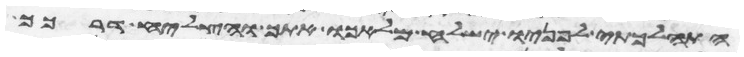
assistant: התהלכתי לפניו ישלח מלאכו אתך והצליח דרכך